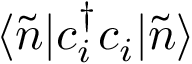
\langle \Tilde { n } | c _ { i } ^ { \dagger } c _ { i } | \Tilde { n } \rangle